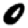
Digit: 0